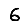
Digit: 6